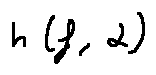
h ( f , \alpha )